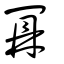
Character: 鼏